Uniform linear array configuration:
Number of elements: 48
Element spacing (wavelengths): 0.5
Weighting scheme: hamming
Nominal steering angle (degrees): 15
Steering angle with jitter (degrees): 13.143
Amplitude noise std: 0.05
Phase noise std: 0.05

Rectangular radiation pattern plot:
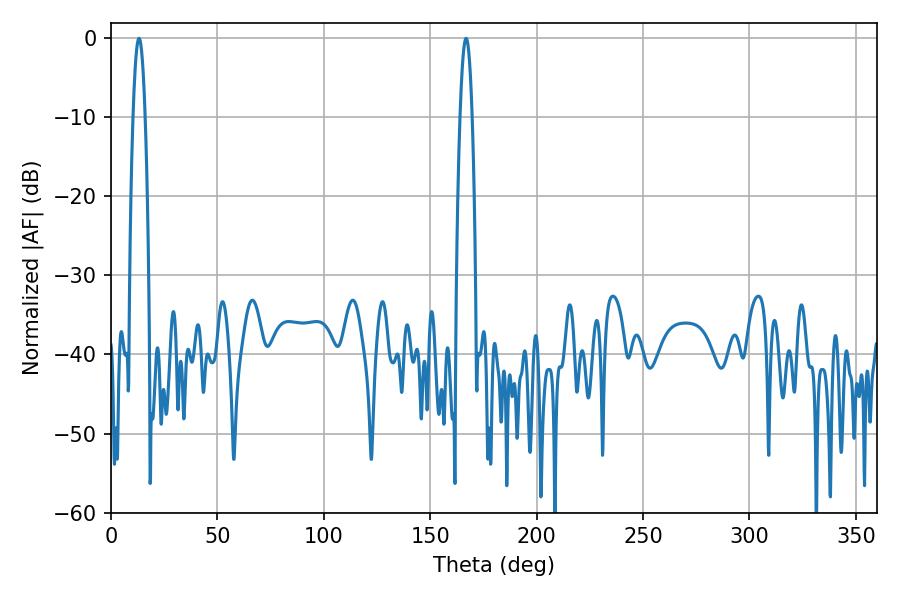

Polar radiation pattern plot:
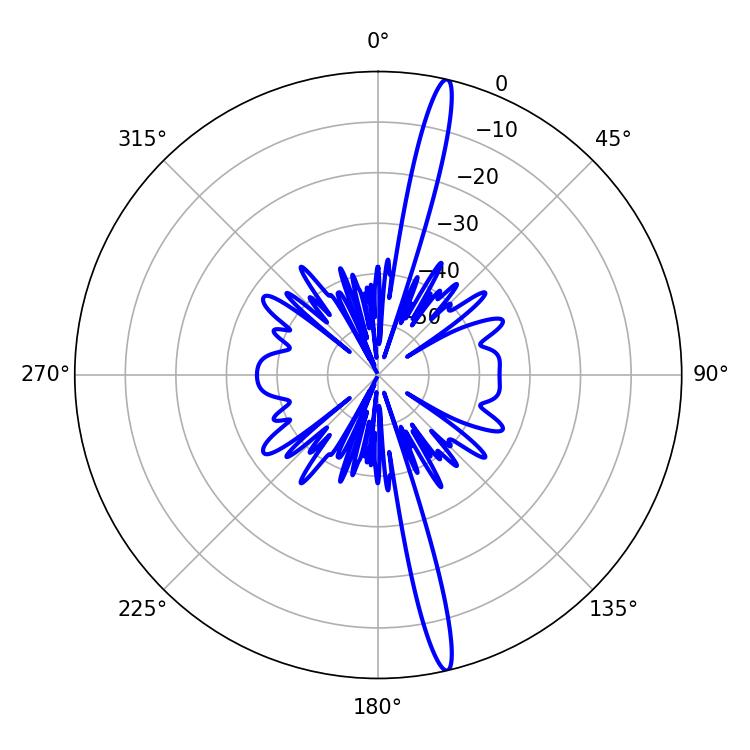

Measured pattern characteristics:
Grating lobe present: FALSE
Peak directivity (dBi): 18.681
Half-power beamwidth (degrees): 3.06
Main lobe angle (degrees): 13.14